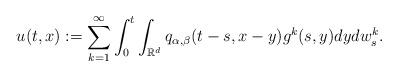
LaTeX: \begin{align*} u(t,x) :=\sum_{k=1}^{\infty}\int_{0}^{t}\int_{\mathbb{R}^{d}}q_{\alpha,\beta}(t-s,x-y)g^{k}(s,y)dydw_{s}^{k}.\end{align*}